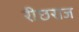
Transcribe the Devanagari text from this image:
रीछराज